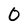
Character: 0